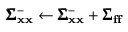
\pmb { \Sigma } _ { \mathbf { x } \mathbf { x } } ^ { - } \leftarrow \pmb { \Sigma } _ { \mathbf { x } \mathbf { x } } ^ { - } + \pmb { \Sigma } _ { \mathbf { f } \mathbf { f } }